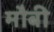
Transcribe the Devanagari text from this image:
मौबी